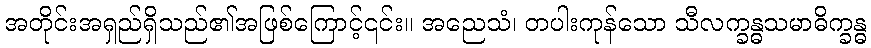
အတိုင်းအရှည်ရှိသည်၏အဖြစ်ကြောင့်၎င်း။ အညေသံ၊ တပါးကုန်သော သီလက္ခန္ဓသမာဓိက္ခန္ဓ